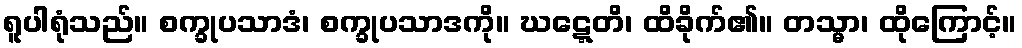
ရူပါရုံသည်။ စက္ခုပသာဒံ၊ စက္ခုပသာဒကို။ ဃဋ္ဋေတိ၊ ထိခိုက်၏။ တသ္မာ၊ ထိုကြောင့်။